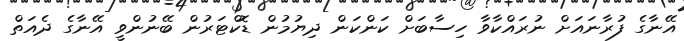
އޭނާގެ ފުރާނައަށް ނުރައްކާވާ ހިސާބަށް ކަންކަން ދިޔުމުން ޑޮކްޓަރުން ބޭނުންވީ އޭނާގެ ދެއަތް